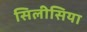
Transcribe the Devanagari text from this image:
सिलीसिया